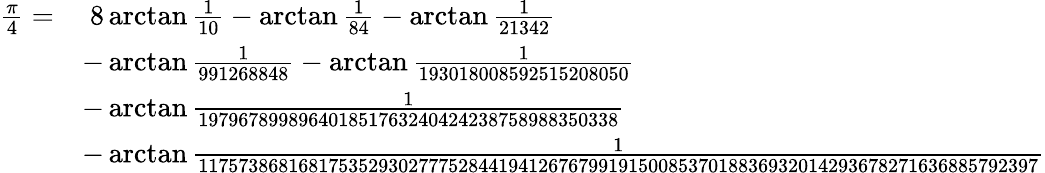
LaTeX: {\begin{array}{rl}{{\frac{\pi}{4}}=}&{\; 8\arctan{\frac{1}{10}}-\arctan{\frac{1}{84}}-\arctan{\frac{1}{21342}}}\\ &{-\arctan{\frac{1}{991268848}}-\arctan{\frac{1}{193018008592515208050}}}\\ &{-\arctan{\frac{1}{197967899896401851763240424238758988350338}}}\\ &{-\arctan{\frac{1}{117573868168175352930277752844194126767991915008537018836932014293678271636885792397}}}\end{array}}